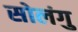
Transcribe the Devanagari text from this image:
सोलंगु